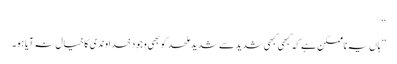
‘‘
’’ہاں یہ ناممکن ہے کہ کبھی کبھی شدید سے شدید ملحد کو بھی وجودِ خداوندی کا خیال نہ آیا ہو۔